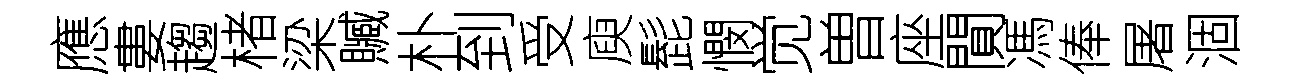
應婁趨楮梁贓朴到受庾髭憫觉曽座閴馮俸屠涸